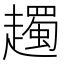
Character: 䟉